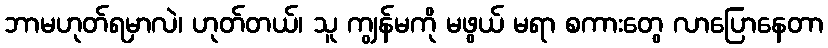
ဘာမဟုတ်ရမှာလဲ၊ ဟုတ်တယ်၊ သူ ကျွန်မကို မဖွယ် မရာ စကားတွေ လာပြောနေတာ